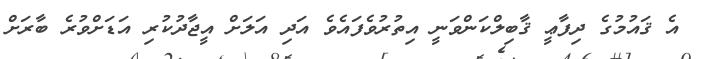
އެ ޤައުމުގެ ދިފާޢީ ޤާބިލްކަންވަނީ އިތުރުވެފައެވެ އަދި އަލަށް އީޖާދުކުރި އަޑަށްވުރެ ބާރަށް